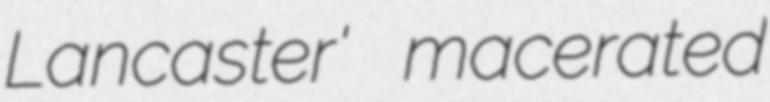
Lancaster' macerated